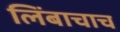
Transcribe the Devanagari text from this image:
लिंबाचाच